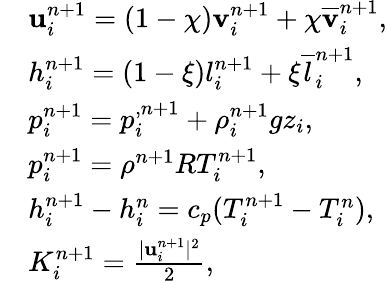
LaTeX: \begin{array}{rl}&{\mathbf u_{i}^{n+1}=(1-\chi){\mathbf v}_{i}^{n+1}+\chi\overline{{\mathbf v}}_{i}^{n+1},}\\ &{h_{i}^{n+1}=(1-\xi){l}_{i}^{n+1}+\xi\overline{{l}}_{i}^{n+1},}\\ &{p_{i}^{n+1}=p_{i}^{,n+1}+\rho_{i}^{n+1}gz_{i},}\\ &{p_{i}^{n+1}=\rho^{n+1}RT_{i}^{n+1},}\\ &{h_{i}^{n+1}-h_{i}^{n}=c_{p}(T_{i}^{n+1}-T_{i}^{n}),}\\ &{K_{i}^{n+1}=\frac{|\mathbf u_{i}^{n+1}|^{2}}{2},}\end{array}